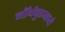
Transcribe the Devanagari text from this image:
नॉर्थवुडमध्ये